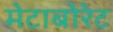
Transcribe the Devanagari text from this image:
मेटाबोरेट